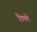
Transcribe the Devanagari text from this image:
टिमले